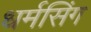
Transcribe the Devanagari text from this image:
धर्मसिंग